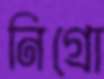
নিগ্রো